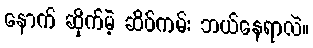
နောက် ဆိုက်မဲ့ ဆိပ်ကမ်း ဘယ်နေရာလဲ။